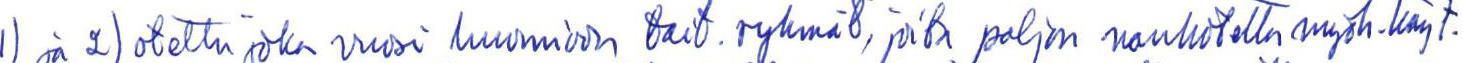
1) ja 2) otettu joka vuosi huomioon tait.ryhmät, joita paljon nauhotettu myöh.käyt-